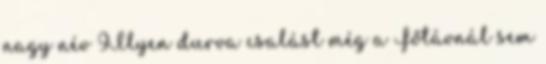
nagy név 9Ilyen durva csalást még a Főtávnál sem